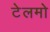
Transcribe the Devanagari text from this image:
टेलमो